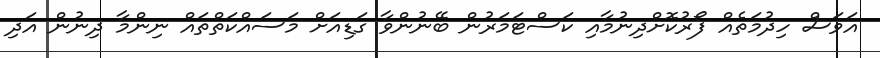
އަވަސް ހިދުމަތެއް ފޯރުކޮށްދިނުމާއި ކަސްޓަމަރުން ބޭނުންވާ ގަޑިއަށް މަސައްކަތްތައް ނިންމާ ދިނުން އަދި